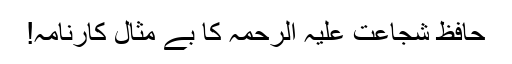
حافظ شجاعت علیہ الرحمہ کا بے مثال کارنامہ!